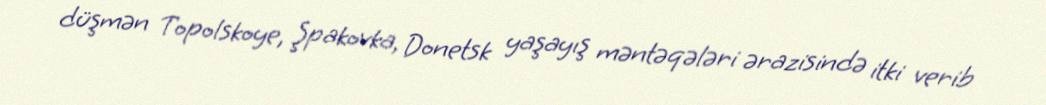
düşmən Topolskoye, Şpakovka, Donetsk yaşayış məntəqələri ərazisində itki verib